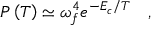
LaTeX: P \left( T \right) \simeq \omega _ { f } ^ { 4 } e ^ { - E _ { c } / T } \quad ,